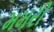
મમરી